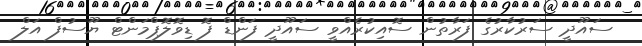
ސައޫދީ ސަރުކާރުގެ ފަރާތުން ސޮއިކުރެއްވީ ސައޫދީ ފަންޑް ފޮ ޑިވޮލޮޕްމަންޓް ޔޫސުފް އަލް